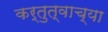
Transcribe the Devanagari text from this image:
कर्तुत्वाच्या